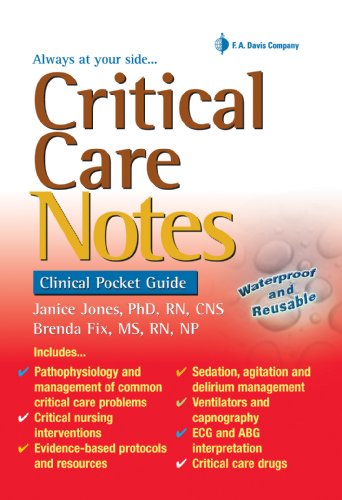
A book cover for Critical Care Notes: Clinical Pocket Guide; Janice Jones PhD  RN  CNS; Medical Books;